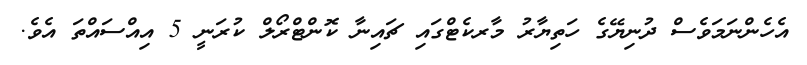
އެހެންނަމަވެސް ދުނިޔޭގެ ހަތިޔާރު މާރކެޓްގައި ޗައިނާ ކޮންޓްރޯލް ކުރަނީ 5 އިއްސައްތަ އެވެ.